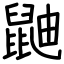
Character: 鼬